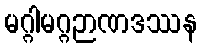
မဂ္ဂါမဂ္ဂဉာဏဒဿန